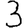
Digit: 3